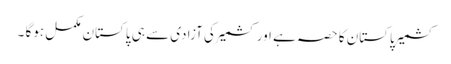
کشمیر پاکستان کا حصہ ہے اور کشمیر کی آزادی سے ہی پاکستان مکمل ہوگا ۔